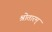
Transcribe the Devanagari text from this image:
श्रोतारम्